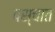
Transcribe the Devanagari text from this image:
पस्चात